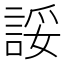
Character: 𫌽